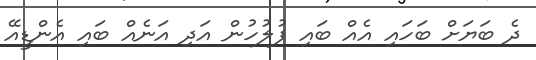
ދެ ބަޔަށް ބަހައި އެއް ބައި ފުލުހުން އަދި އަނެއް ބައި އެންޑީއޭ